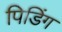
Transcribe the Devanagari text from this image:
पिडिंग